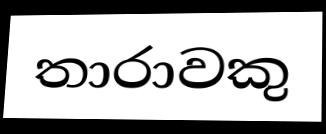
තාරාවකු